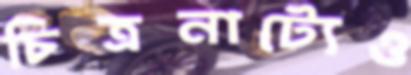
চিত্রনাট্যেও